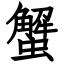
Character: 蟹